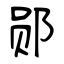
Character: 郧